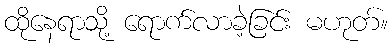
ထိုနေရာသို့ ရောက်လာခဲ့ခြင်း မဟုတ်။